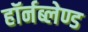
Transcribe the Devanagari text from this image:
हॉर्नब्लेण्ड